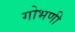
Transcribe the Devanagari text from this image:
गोभणी